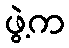
ဖွဲ့က